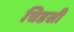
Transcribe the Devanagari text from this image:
चिडसी